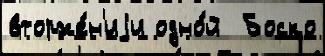
вторже́н'иjи одно́й  Боско